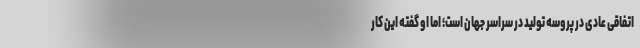
اتفاقی عادی در پروسه تولید در سراسر جهان است؛ اما او گفته این کار